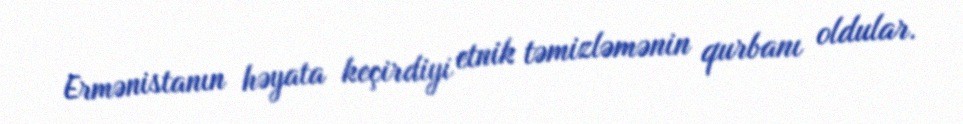
Ermənistanın həyata keçirdiyi etnik təmizləmənin qurbanı oldular.